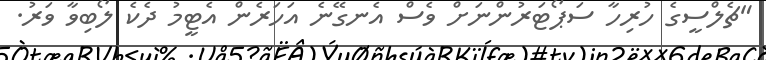
"ޗެލްސީގެ ހުރިހާ ސަޕޯޓަރުންނަށް ވެސް އެނގޭނެ އަހަރެން އެޓީމު ދެކެ ލޯބިވާ ވަރު.